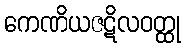
ကေဏိယဇဋိလဝတ္ထု